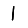
Digit: 1